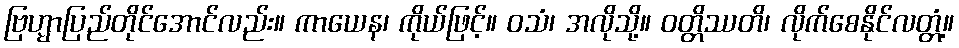
ဗြဟ္မာပြည်တိုင်အောင်လည်း။ ကာယေန၊ ကိုယ်ဖြင့်။ ဝသံ၊ အလိုသို့။ ဝတ္တိဿတိ၊ လိုက်စေနိုင်လတ္တံ့။